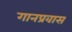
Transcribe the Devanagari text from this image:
गानप्रवास